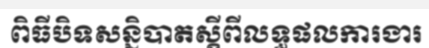
ពិធីបិទសន្និបាតស្តីពីលទ្ធផលការងារ